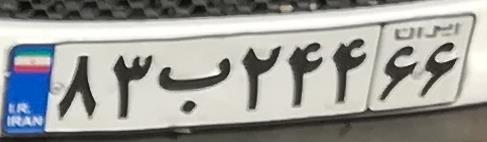
۸۳ب۲۴۴۶۶